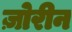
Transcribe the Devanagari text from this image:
ज़ोरीन